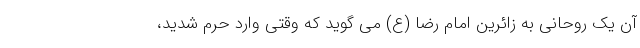
آن یک روحانی به زائرین امام رضا (ع) می گوید که وقتی وارد حرم شدید،